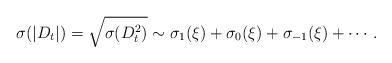
LaTeX: \begin{align*}\sigma(|D_t|)=\sqrt{\sigma(D_t^2)}\sim\sigma_1(\xi)+\sigma_0(\xi)+\sigma_{-1}(\xi)+\cdots.\end{align*}